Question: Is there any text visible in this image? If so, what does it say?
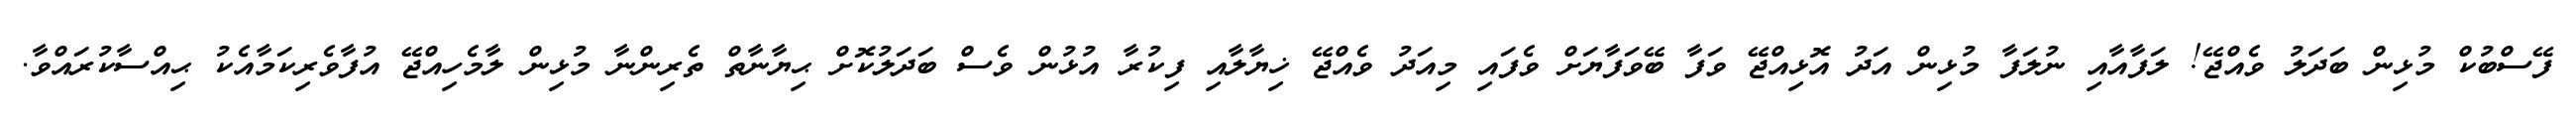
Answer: ފޭސްބުކް މުޅިން ބަދަލު ވެއްޖޭ! ލަފާއާއި ނުލަފާ މުޅިން އަދު އޮޅިއްޖޭ ވަފާ ބޭވަފާޔަށް ވެފައި މިއަދު ވެއްޖޭ ޚިޔާލާއި ފިކުރާ އުޅުން ވެސް ބަދަލުކޮށް ޙިޔާނާތް ތެރިންނާ މުޅިން ލާމެހިއްޖޭ އުފާވެރިކަމާއެކު ޙިއްސާކުރައްވާ.